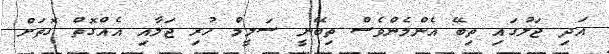
އަދި ޖަލުގައި ތިބޭ އެންމެންވެސް ތިބޭނީ ސަލީމް ހުރި ޖަލާއި އެއްގޮތް ގޮތަށް